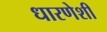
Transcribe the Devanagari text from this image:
धारणेशी